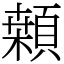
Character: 䫙